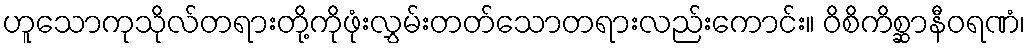
ဟူသောကုသိုလ်တရားတို့ကိုဖုံးလွှမ်းတတ်သောတရားလည်းကောင်း။ ဝိစိကိစ္ဆာနီဝရဏံ၊